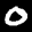
Label: 0